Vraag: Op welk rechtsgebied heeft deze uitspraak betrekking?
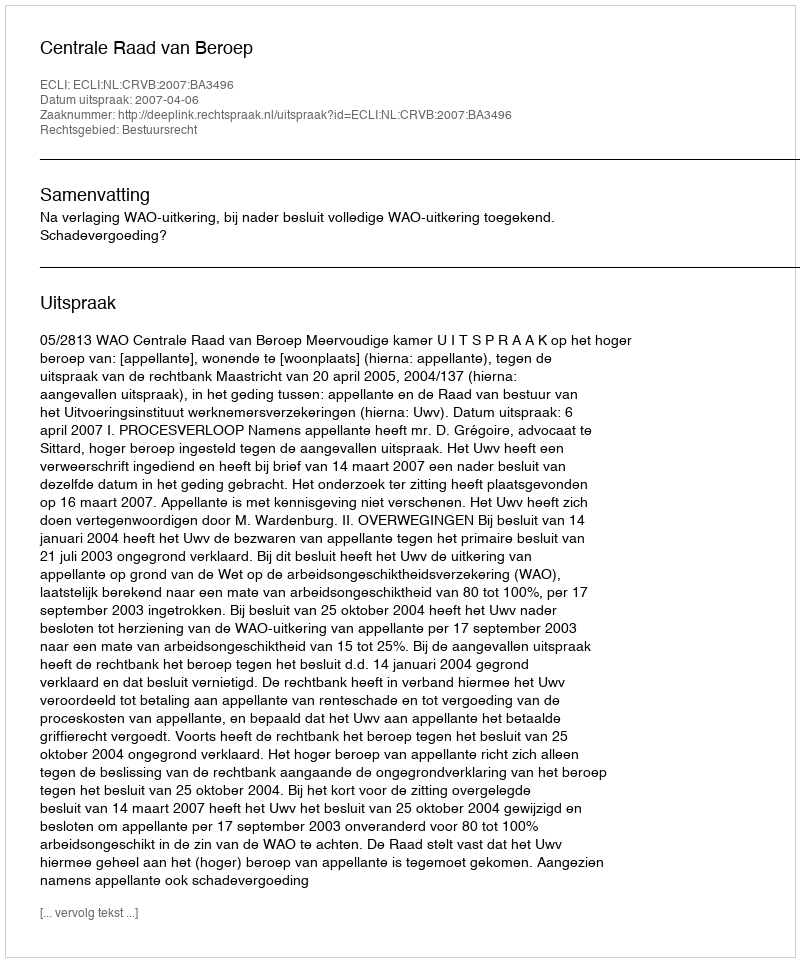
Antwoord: Bestuursrecht